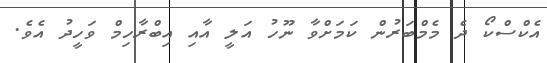
އެކްސްކޯ ދެ މެމްބަރުން ކަމަށްވާ ނޫހު އަލީ އާއި އިބްރާހިމް ވަހީދު އެވެ.